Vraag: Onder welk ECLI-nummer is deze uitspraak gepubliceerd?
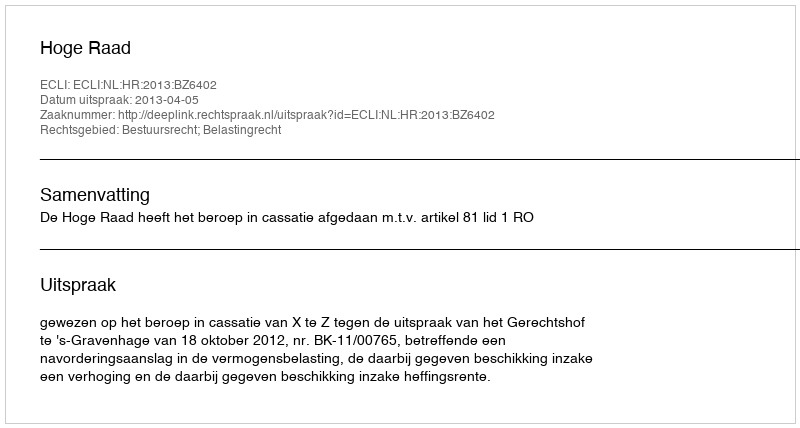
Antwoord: ECLI:NL:HR:2013:BZ6402